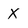
Character: X